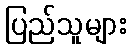
ပြည်သူများ